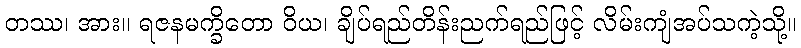
တဿ၊ အား။ ရဇနမက္ခိတော ဝိယ၊ ချိပ်ရည်တိန်းညက်ရည်ဖြင့် လိမ်းကျံအပ်သကဲ့သို့။